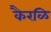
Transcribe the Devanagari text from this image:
कैरळि